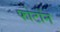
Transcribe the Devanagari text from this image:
फोटोंन